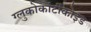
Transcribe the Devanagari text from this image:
ग्लुकोकॉर्टीकोइड